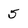
Character: 5